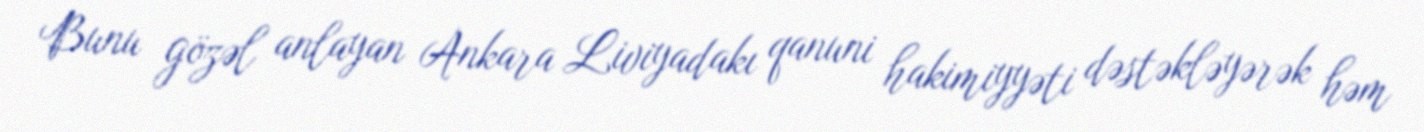
Bunu gözəl anlayan Ankara Liviyadakı qanuni hakimiyyəti dəstəkləyərək həm